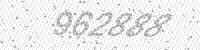
Solution: 962888